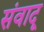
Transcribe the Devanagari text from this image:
संवादू